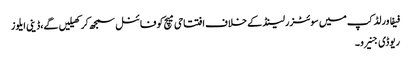
فیفا ورلڈ کپ میں سوئٹزرلینڈ کے خلاف افتتاحی میچ کو فائنل سمجھ کر کھیلیں گے،ڈینی ایلوز
ریوڈی جنیرو ۔